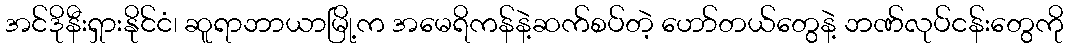
အင်ဒိုနီးရှားနိုင်ငံ၊ ဆူရာဘာယာမြို့က အမေရိကန်နဲ့ဆက်စပ်တဲ့ ဟော်တယ်တွေနဲ့ ဘဏ်လုပ်ငန်းတွေကို